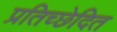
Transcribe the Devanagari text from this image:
प्रतिच्छेदित